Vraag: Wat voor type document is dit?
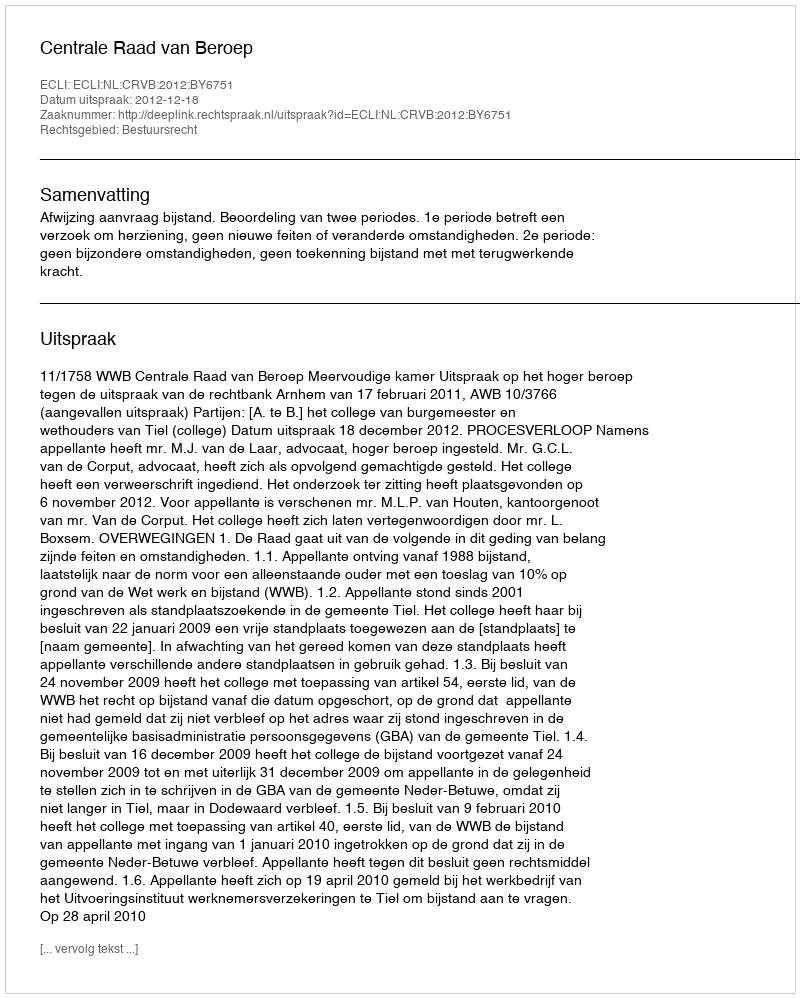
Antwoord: Uitspraak